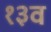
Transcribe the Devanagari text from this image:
१३व